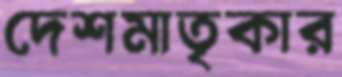
দেশমাতৃকার